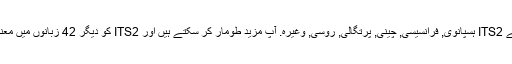
واپسی کے طور پر ، ہم کی مخفف کا ترجمہ کیا ہے ITS2 ہسپانوی, فرانسیسی, چینی, پرتگالی, روسی, وغیرہ. آپ مزید طومار کر سکتے ہیں اور ITS2 کو دیگر 42 زبانوں میں معنی تلاش کرنے کے لیے زبان مینیو پر کلک کریں ۔